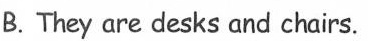
B.They are desks and chairs.